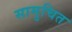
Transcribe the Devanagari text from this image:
सामुचित